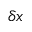
\delta x